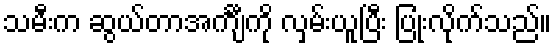
သမီးက ဆွယ်တာအင်္ကျီကို လှမ်းယူပြီး ပြုံးလိုက်သည်။